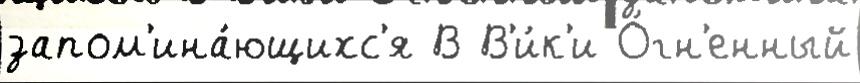
запом'ина́ющихс'я В В'и́к'и О́гн'енный